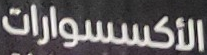
الأكسسوارات